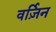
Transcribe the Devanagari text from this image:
वर्ज़िन